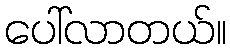
ပေါ်လာတယ်။